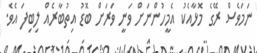
ނަމަވެސް ރޭގެ މޮޅާއެކު އެމީހުންނަށް ވަނީ ވަރަށް ބޮޑު އިތުބާރެއް ލިބިފަ އެވެ.